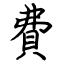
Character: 費